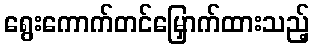
ရွေးကောက်တင်မြှောက်ထားသည့်